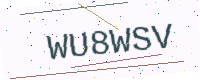
Text: WU8WSV